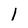
Character: 1